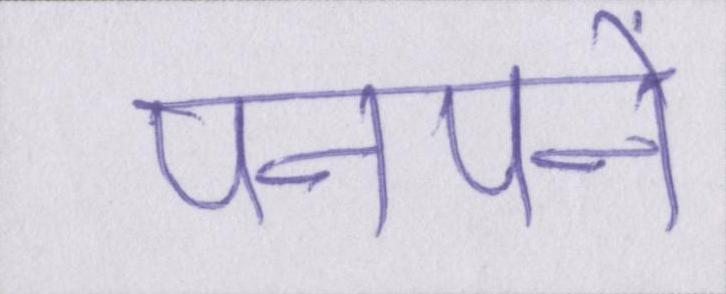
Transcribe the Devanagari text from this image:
पनपने